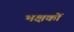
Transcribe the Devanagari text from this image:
भक्षकों